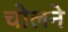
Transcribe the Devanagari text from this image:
चोलने